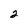
Character: 2